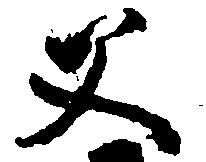
父